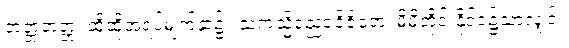
တတ္တတတ္တ၊ ထိုထိုအရပ်မျက်နှာ၌။ သကသ္မိညေဝဝိဇိတေ၊ မိမိတိုင်းနိုင်ငံ၌သာလျှင်။